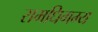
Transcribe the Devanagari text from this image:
समधिगम्य